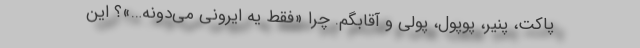
پاکت، پنیر، پوپول، پولی و آقابگم. چرا «فقط یه ایرونی می‌دونه…»؟ این